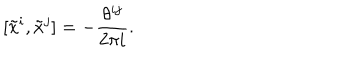
[ \tilde { x } ^ { i } , \tilde { x } ^ { j } ] = - \frac { \theta ^ { i j } } { 2 \pi i } .